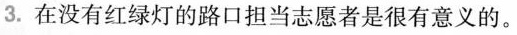
3.在没有红绿灯的路口担当志愿者是很有意义的。